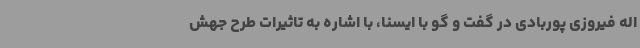
اله فیروزی پوربادی در گفت و گو با ایسنا، با اشاره به تاثیرات طرح جهش